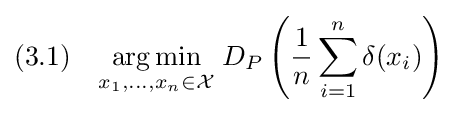
(3.1)\quad {\underset {x_{1},\dots ,x_{n}\in {\mathcal {X}}}{\operatorname {arg\,min} }}\;D_{P}\left({\frac {1}{n}}\sum _{i=1}^{n}\delta (x_{i})\right)